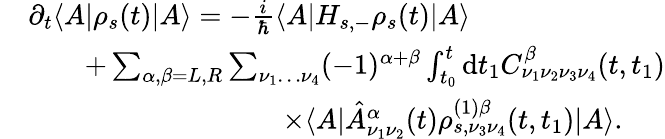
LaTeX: \begin{array}{rl}&{\partial_{t}\langle A|\rho_{s}(t)|A\rangle=-\frac{i}{\hbar}\langle A|H_{s,-}\rho_{s}(t)|A\rangle}\\ &{\qquad+\sum_{\alpha,\beta=L,R}\sum_{\nu_{1}\dots\nu_{4}}(-1)^{\alpha+\beta}\int_{t_{0}}^{t}\mathrm{d}t_{1}C_{\nu_{1}\nu_{2}\nu_{3}\nu_{4}}^{\beta}(t,t_{1})}\\ &{\qquad\qquad\qquad\qquad\quad\times\langle A|\hat{A}_{\nu_{1}\nu_{2}}^{\alpha}(t)\rho_{s,\nu_{3}\nu_{4}}^{(1)\beta}(t,t_{1})|A\rangle.}\end{array}